Annual statistical returns and brief notes on vaccination in Bengal - 1896-1909
Year: 1896
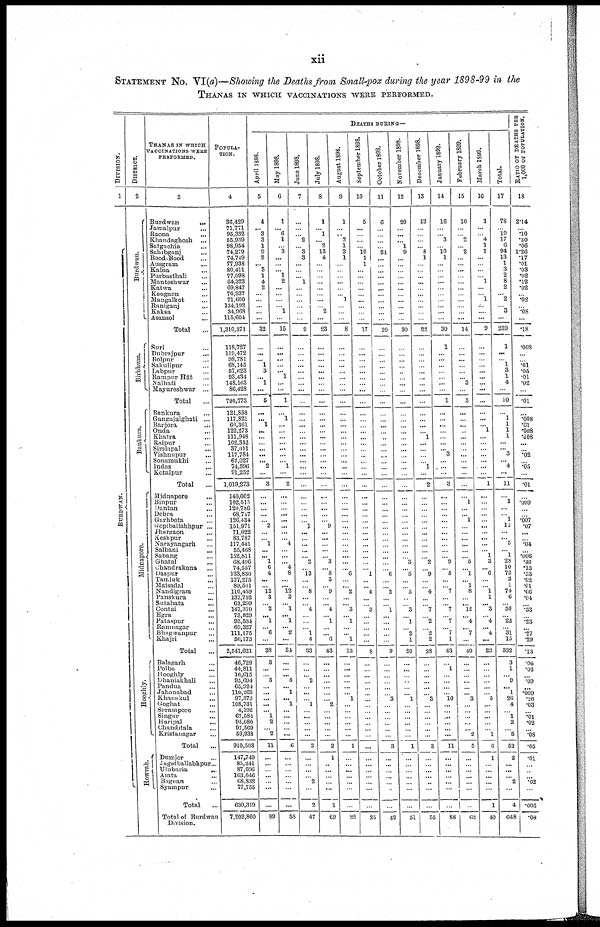
xii
STATEMENT No. VI(a)—Showing the Deaths from Small-pox during the year 1898-99 in the
THANAS IN WHICH VACCINATIONS WERE PERFORMED.
DIVISION.
1
BURDWAN.
DISTRICT.
2
Burdwan.
Birbhum.
Bunkum.
Midnapore.
Hooghly.
Howrah.
THANAS IN WHICH
VACCINATIONS WERE
PERFORMED.
3
Burdwan
...
Jamalpur
...
Raona ...
Khandaghosh
...
Satgachia ...
Sahibganj ...
Bood-Bood ...
Ausgram ...
Kalna ...
Purbusthali ...
Manteshwar ...
Katwa ...
Keugaon ...
Mangalkot ...
Ramganj ...
Kaksa ...
Asansol ...
Total ...
Suri ...
Dubrajpur ...
Bolpur ...
Sakulipur ...
Labpur ...
Rampur Hât ...
Nalhati ...
Mayureshwar ...
Total ...
Bankura ...
Gangajalghati
...
Barjora ...
Onda ...
Khatra ...
Raipur ...
Simlapal ...
Vishnupur ...
Sonamukhi ...
Indus ...
Kotalpur ...
Total
...
Midnapore ...
Binpur ...
Dantan ...
Debra ...
Garhbeta ...
Gopiballabhpur ...
Jhargaon ...
Keshpur ...
Narayangarh ...
Salbani ...
Sabang ...
Ghatal ...
Chandrakona ...
Daspur ...
Tamluk ...
Maisadal ...
Nandigram ...
Panskura ...
Sutahata
...
Contai ...
Egra ...
Pataspur ...
Ramnagar ...
Bhagwanpur ...
Khajri ...
Total ...
Balagarh ...
Polba ...
Hooghly ...
Dhamakhali ...
Pandua ...
Jahanabad ...
Khanakul ...
Goghat ...
Serampore ...
Singur ...
Haripal ...
Chanditala ...
Kristanagar ...
Total ...
Dumjor ...
Jagatballabhpur...
Ulubaria
...
Amta ...
Bagnan ...
Syampur ...
Total
...
Total of Burdwan
Division.
POPULA-
TION.
4
36,429
71,771
95,332
55,939
98,954
74,279
74,749
77,938
80,411
77,098
64,323
69,847
76,937
71,600
134,192
34,968
115,604
1,310,371
118,727
119,472
98,781
68,145
57,623
93,434
148,163
86,428
790,773
121,858
117,821
60,361
122,273
111,948
102,342
37,011
117,784
62,027
74,596
91,252
1,019,273
140,002
102,515
120,786
68,747
126,434
151,971
71,022
83,787
117,441
55,468
152,811
68,496
74,557
133,830
127,275
89,561
110,459
137,752
63,299
147,370
73,829
93,534
69,327
111,175
50,173
2,541,621
46,729
44,811
16,615
95,694
65,924
110,263
97,373
108,731
4,192
67,584
95,080
97,569
59,938
910,503
147,749
85,241
87,696
163,046
68,832
77,755
630,319
7,202,860
DEATHS DURING—
April 1898.
5
4
... 3
3
1
9
2
... 3
1
4
2
...
...
...
...
...
32
...
...
... 1
3
...
1
...
5
...
... 1
...
...
...
...
... ...
2
...
3
...
...
...
...
...
2
...
...
1
...
... 1
6
4
...
...
12
3
...
2
... 1
...
6
...
38
3
...
...
3
...
...
...
...
...
1
2
...
2
11
...
...
...
...
...
...
...
89
May 1898.
6
1
... 6
1
... 3
...
...
... 1
2
...
...
...
...
1
...
15
...
...
...
...
... 1
...
...
1
...
1
...
...
...
...
...
...
...
1
...
2
...
...
...
...
...
...
...
...
4
...
...
... 4
8
...
... 12
2
...
1
... 1
... 2
...
34
...
...
... 4
...
1
... 1
...
...
...
...
...
6
...
...
...
...
...
...
...
58
June 1898.
7
...
...
...
2
...
3
3
...
...
... 1
...
...
...
...
...
...
9
...
...
...
...
...
...
...
...
...
...
...
...
...
...
...
...
...
...
...
...
...
...
...
...
...
...
1
...
...
...
...
... 2
...
13
...
...
8
...
...
4
...
...
...
1
4
33
...
...
...
2
...
...
...
1
...
...
...
...
...
3
...
...
...
...
2
...
2
47
July 1898.
8
1
... 1
... 2
13
4
...
...
...
...
...
...
...
...
2
...
23
...
...
...
...
...
...
...
...
...
...
...
...
...
...
...
...
...
...
...
...
...
...
...
...
...
...
9
...
...
...
...
...
3
...
8
3
...
9
...
...
4
...
1
...
...
6
43
...
...
...
...
...
...
...
2
...
...
...
...
...
2
1
...
...
...
...
...
1
69
August 1898.
9
1
...
...
2
1
2
1
...
...
...
...
...
...
1
...
...
...
8
...
...
...
...
...
...
...
...
...
...
...
...
...
...
...
...
...
...
...
...
...
...
...
...
...
...
...
...
...
...
...
....
...
... 6
...
... 2
...
... 3
...
1
...
... 1
13
...
...
...
...
...
...
1
...
...
...
...
...
...
1
...
...
...
...
...
...
...
22
September 1898.
10
5
...
...
...
...
10
1
1
...
...
...
...
...
...
...
...
...
17
...
...
...
...
...
...
...
...
...
...
...
...
...
...
...
...
...
...
...
...
...
...
...
...
...
...
...
...
...
...
...
...
...
...
1
...
...
4
...
...
3
...
...
...
...
...
8
...
...
...
...
...
...
...
...
...
...
...
...
...
...
...
...
...
...
...
...
...
25
October 1898.
11
6
...
...
...
...
24
...
...
...
...
...
...
...
...
...
...
...
30
...
...
...
...
...
...
...
...
...
...
...
...
...
...
...
...
...
...
...
...
...
...
...
...
...
...
...
...
...
...
...
...
...
...
6
...
...
2
...
...
1
...
...
...
...
...
9
...
...
...
...
...
...
3
...
...
...
...
...
...
3
...
...
...
...
...
...
...
42
November 1898.
12
20
...
...
...
1
9
...
...
...
...
...
...
...
...
...
...
...
30
...
...
...
...
...
...
...
...
...
...
...
...
...
...
...
...
...
...
...
...
...
...
...
...
...
...
...
...
...
...
...
...
3
...
5
...
...
5 ...
...
3
...
1
...
2
1
20
...
...
...
...
...
...
1
...
...
...
...
...
...
1
...
...
...
...
...
...
...
51
December 1898.
13
13
...
...
...
...
8
1
...
...
...
...
...
...
...
...
...
...
22
...
...
...
...
...
...
...
...
...
...
...
...
...
1
...
...
...
...
1
...
2
...
...
...
...
...
...
...
...
...
...
...
2
...
9
...
...
4
...
...
7
...
2
...
2
2
28
...
...
...
...
...
...
3
...
...
...
...
...
...
3
...
...
...
...
...
...
...
55
January 1899.
14
16
...
...
3
...
10
1
...
...
...
...
...
...
...
...
...
...
30
1
...
...
...
...
...
...
...
1
...
...
...
...
...
...
...
3
...
...
...
3
...
...
...
...
...
...
...
...
...
...
...
9
...
6
...
...
7
...
...
7
...
7
...
7
1
43
...
1
...
...
...
...
10
...
...
...
...
...
...
11
...
...
...
...
...
...
...
88
February 1899.
15
10
...
...
2
...
2
...
...
...
...
...
...
...
...
...
...
...
14
...
...
...
...
...
... 3
...
3
...
...
...
...
...
...
...
...
...
...
...
...
...
1
...
...
1
...
...
...
...
...
... 5
...
1
...
1
8
...
...
12
...
4
...
7
...
40
...
...
...
...
...
...
3
...
...
...
...
...
2
5
...
...
...
...
...
...
...
62
March 1899.
16
1
...
...
4
1
1
...
...
...
...
1
...
...
1
...
...
...
9
...
...
...
...
...
...
...
...
...
...
...
...
1
...
...
...
...
...
...
...
1
...
...
...
...
...
...
...
...
...
...
1
3
...
6
...
...
1
1
...
3
...
4
...
4
...
23
...
...
...
...
...
...
5
...
...
...
...
...
1
6
1
...
...
...
...
...
1
40
Total.
17
78
...
10
17
6
94
13
1
3
2
8
2
... 2
...
3
...
239
1
...
...
1
3
1
4
...
10
...
1
1
1
1
...
...
3
...
4
...
11
...
1
...
...
1
12
...
...
5
...
1
28
10
72
3
1
74
6
...
50
...
22
...
31
15
332
3
1
...
9
...
1
26
4
...
1
2
...
5
52
2
...
...
...
2
...
4
648
RATIO OF DEATHS PER
1,000 OF POPULATION.
18
2.14
...
.10
.30
.06
1.26
.17
.01
.03
.02
.12
.02
...
.02
...
.08
...
.18
.008
...
...
.01
.05
.01
.02
...
.01
...
.008
.01
.008
.008
...
...
.02
...
.05
...
.01
...
.009
...
...
.007
.07
...
...
.04
...
.006
.40
.13
.53
.02
.01
.66
.04
...
.33
...
.23
...
.27
.29
.13
.06
.02
...
...
...
.009
.26
.03
...
.01
.02
...
.08
.05
.01
...
...
...
.02
...
.006
.08